Sketch of the medical history of the native army of Bombay, for the year
Year: 1876
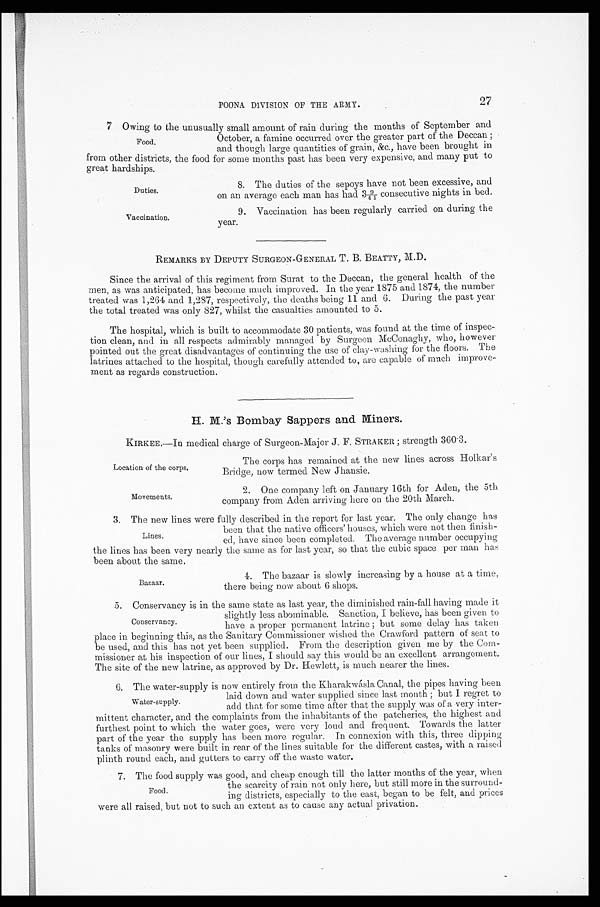
Duties.
Vaccination.
Location of the corps.
Movements.
27
POONA DIVISION OF THE ARMY.
7 Owing to the unusually small amount of rain during the months of September and
October, a famine occurred over the greater part of the Deccan;
and though large quantities of grain, &c., have been brought in
from other districts, the food for some months past has been very expensive, and many put to
great hardships.
Food.
8. The duties of the sepoys have not been excessive, and
on an average each man has had 3 9/41 consecutive nights in bed.
9. Vaccination has been regularly carried on during the
year.
REMARKS BY DEPUTY SURGEON-GENERAL T. B. BEATTY, M.D.
Since the arrival of this regiment from Surat to the Deccan, the general health of the
men, as was anticipated, has become much improved. In the year 1875 and 1874, the number
treated was 1,264 and 1,287, respectively, the deaths being 11 and 6. During the past year
the total treated was only 827, whilst the casualties amounted to 5.
The hospital, which is built to accommodate 30 patients, was found at the time of inspec
-tion clean, and in all respects admirably managed by Surgeon McConaghy, who, however
pointed out the great disadvantages of continuing the use of clay-washing for the floors. The
latrines attached to the hospital, though carefully attended to, are capable of much improve
-ment as regards construction.
H. M.'s Bombay Sappers and Miners.
KIRKEE.—In medical charge of Surgeon-Major J. F. STRAKER; strength 360.3.
The corps has remained at the new lines across Holkar's
Bridge, now termed New Jhansie.
2. One company left on January 16th for Aden, the 5th
company from Aden arriving here on the 20th March.
3. The new lines were fully described in the report for last year. The only change has
been that the native officers' houses, which were not then finish
-
ed, have since been completed. The average number occupying
the lines has been very nearly the same as for last year, so that the cubic space per man has
been about the same.
4. The bazaar is slowly increasing by a house at a time,
there being now about 6 shops.
5. Conservancy is in the same state as last year, the diminished rain-fall having made it
slightly less abominable. Sanction, I believe, has been given to
have a proper permanent latrine; but some delay has taken
place in beginning this, as the Sanitary Commissioner wished the Crawford pattern of seat to
be used, and this has not yet been supplied. From the description given me by the Co
m-missioner at his inspection of our lines, I should say this would be an excellent arrangement.
The site of the new latrine, as approved by Dr. Hewlett, is much nearer the lines.
6. The water-supply is now entirely from the Kharakwásla Canal, the pipes having been
laid down and water supplied since last month; but I regret to
add that for some time after that the supply was of a very inter
-mittent character, and the complaints from the inhabitants of the patcheries, the highest and
furthest point to which the water goes, were very loud and frequent. Towards the latter
part of the year the supply has been more regular. In connexion with this, three dipping
tanks of masonry were built in rear of the lines suitable for the different castes, with a raised
plinth round each, and gutters to carry off the waste water.
Lines.
Bazaar.
Conservancy.
Water-supply.
7. The food supply was good, and cheap enough till the latter months of the year, when
the scarcity of rain not only here, but still more in the surround
-ing districts, especially to the east, began to be felt, and prices
were all raised, but not to such an extent as to cause any actual privation.
Food.